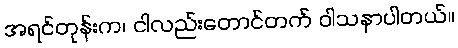
အရင်တုန်းက၊ ငါလည်းတောင်တက် ဝါသနာပါတယ်။